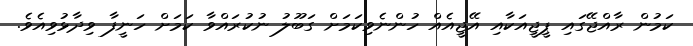
ކަމުން ރާއްޖޭގައި ޕީޖީއަކާއި އޭޖީއެއް ހުންނެވިކަމަށް ގަބޫލު ނުކުރައްވާ ކަމަށް ހަނީފާ ވިދާޅުވިއެވެ.